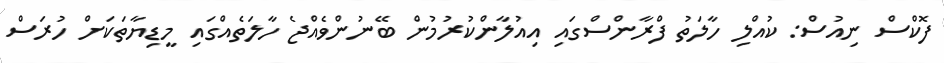
ފޮކްސް ނިއުސް: ކުއްލި ހާލަތު ފްރާންސްގައި އިއުލާންކުރުމުން ބޭނުންވެއްޖެ ހާލަތެއްގައި މީޑިޔާތަކަށް ހުރަސް